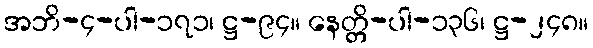
အဘိ-၄-ပါ-၁၇၁၊ ဋ္ဌ-၉၄။ နေတ္တိ-ပါ-၁၃၆၊ ဋ္ဌ-၂၄၈။